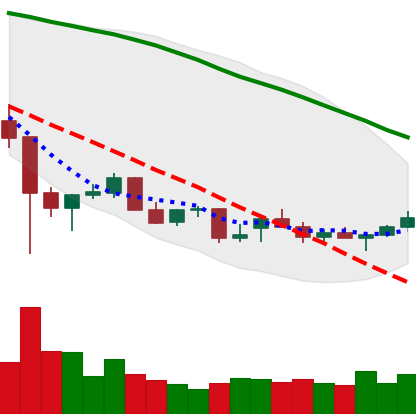
Ticker: NEO-USD
Chart end date: 2021-12-22
Forward return: 8.174%
Label: up_7plus